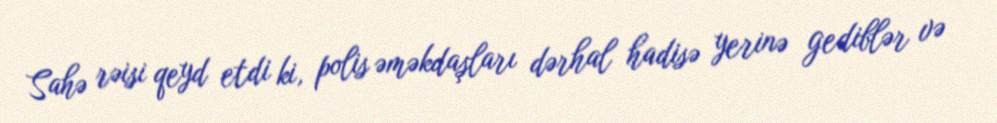
Sahə rəisi qeyd etdi ki, polis əməkdaşları dərhal hadisə yerinə gediblər və